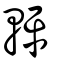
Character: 軯